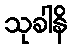
သုခါနိ